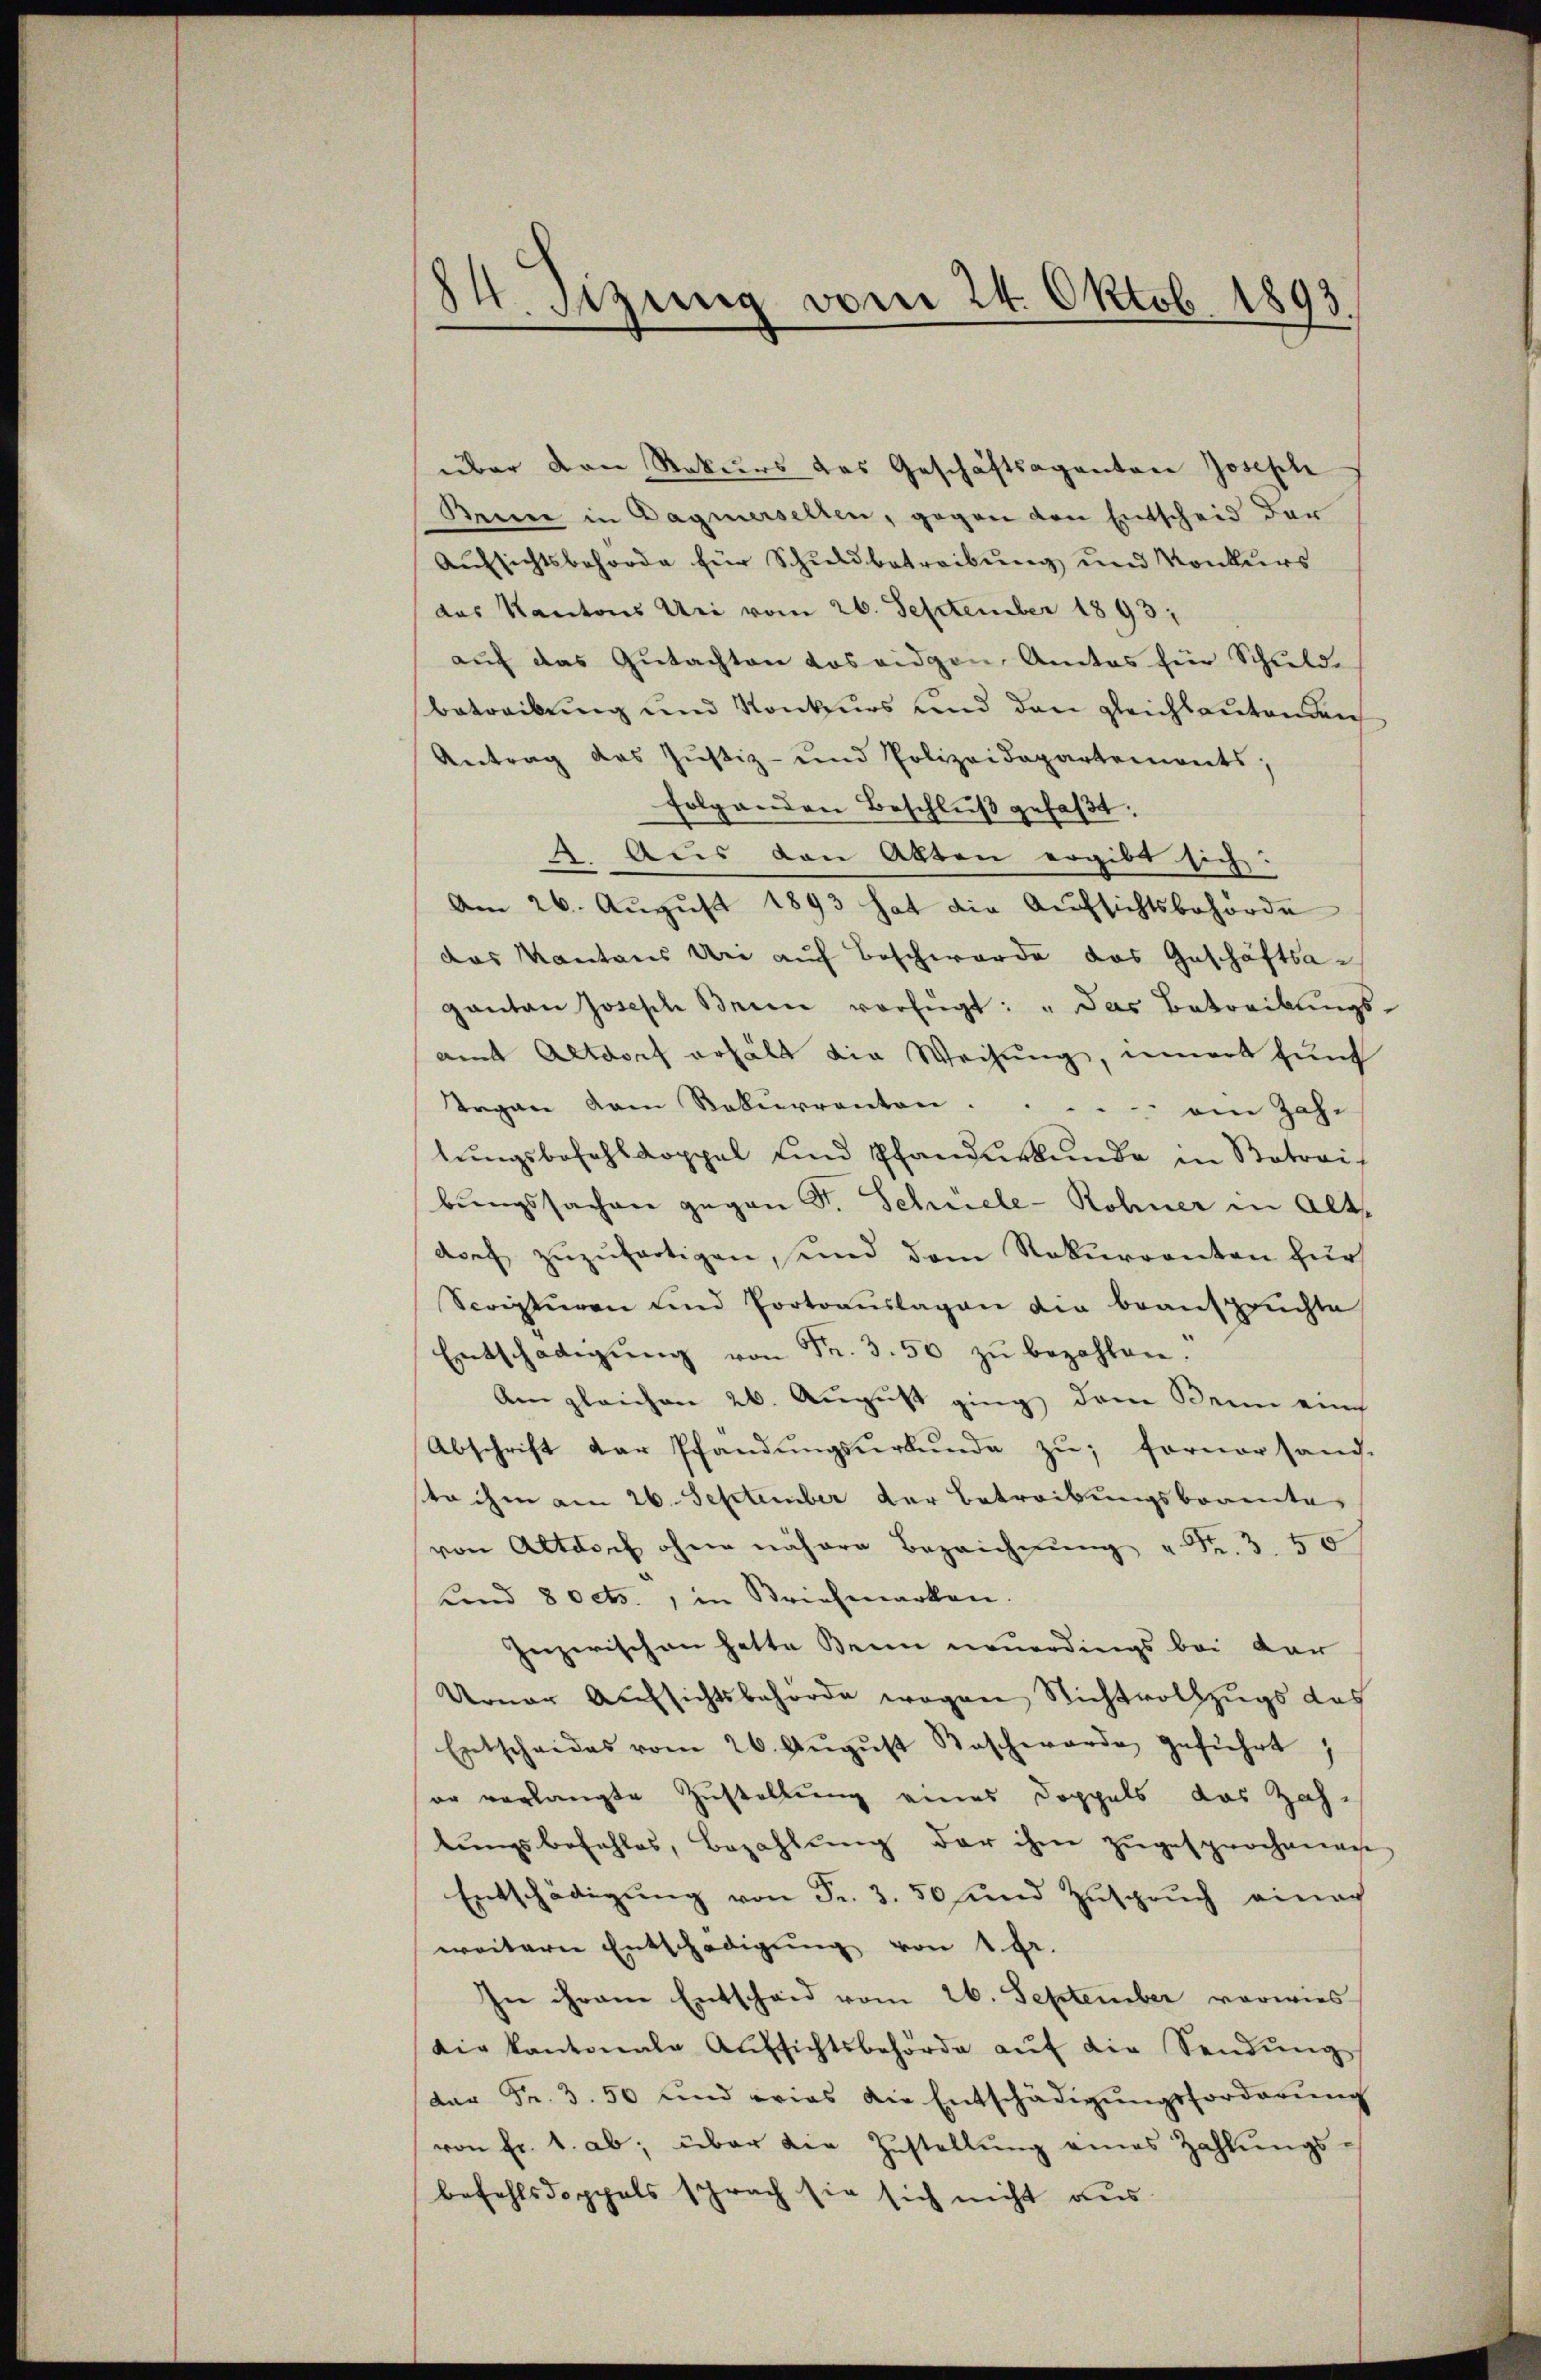
84. Sitzung vom 24. Oktob. 1893

über den Rekurs das Geschäftsaganten Joseph
Brine in Dagmersellen, gegen den Entscheid der
Aufsichtsbehörde für Schuldbetreibung und Konkurs
das Kantons Uri vom 26. September 1893.
auf das Gutachten dos eidgen. Amtes für Schuld-
betreibung und Konkurs und den gleichlauten den
Antrag des Justiz- und Polizeidepartemonts;
folgenden Beschlŭβ gefaßt.
2. Aus den Akten ergibt sich:
Am 26. August 1893 hat die Aufsichtsbehörde
das Kantons bei auf Beschwerde das Geschäftsagantan Joseph Brien verfügt: "das Betreibungs-
amt Altdorf erhält die Weisung, innert funf
Trgan dem Rekurrentori . . . . . am Jahr
lungsbefehlkoppel und Pfandurkunde in Betrai
bungssachen gegen S. Schnele-Rohner in Altdoef zŭzŭfertigen, und dem Rekurrenten für
Scripturen und Portoauslagen die beanspruchte
Entschädigŭng von Fr. 3. 50 zŭ bezahlen.
Am gleichen 26. August ging dem Denn ein
Abschrift der Pfandungsurkunde zu; Fornersand.
sta ihm am 26. September der betreibungsbrannte
von Altdorf ohne nähere Bezeichnŭng " Fr. 3. 50
und 8 Octs., in Briefmarken.
Inzwischen hatte Bein neuerdings bei dar
Urner Aufsichtsbehörde wegen Nichtvollzugs das
Entscheides vom 26. Aŭgŭst Beschwarde geführt,
er verlangte Zustellung eines Doppels das Zah-
lungsbefehles, Bezahlung der ihm zugesprochenen
Entschädigŭng von Fr. 3. 50 und Zuspruch einach
weitern Entschädigung von 1 Fr.
In ihrem Entscheid vom 26. September vorwies
die kantonale Aŭfsichtsbehörde aŭf die Sendŭng
dar Fr. 3. 50 und wies die Entschädigŭngsforderŭng
von Fr. 1. ab; über die Zustellŭng eines Zahlŭngs-
befehlsdoppels sprach sie sich nicht aus